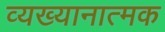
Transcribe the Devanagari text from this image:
व्यख्यानात्मक